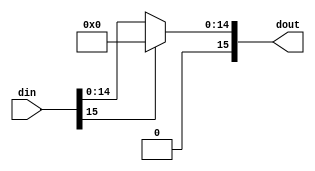
`timescale 1ns / 1ps
//////////////////////////////////////////////////////////////////////////////////
// Company: 
// Engineer: 
// 
// Design Name: 
// Module Name: relu_1
// Project Name: 
// Target Devices: 
// Tool Versions: 
// Description: 
// 
// Dependencies: 
// 
// Revision:
// Revision 0.01 - File Created
// Additional Comments:
// 
//////////////////////////////////////////////////////////////////////////////////

`define DATA_SIZE 16

module relu_1(
    din, dout
    );
    input [`DATA_SIZE-1:0] din;
    output [`DATA_SIZE-1:0] dout;
    
    assign dout = (din[`DATA_SIZE-1] == 1'b1) ? 16'b0 : din;
endmodule